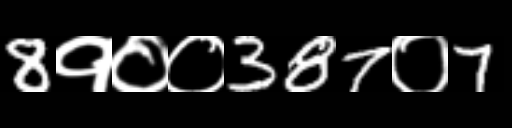
Text: 8१००387०7